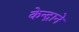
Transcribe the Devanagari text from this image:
केन्द्राने